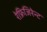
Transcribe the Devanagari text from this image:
रेफ्रिजिरेन्ट